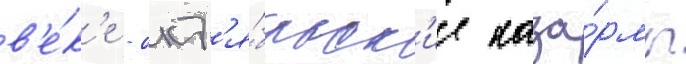
в'е́к'е - окт'я́брьск'ие каза́рмы